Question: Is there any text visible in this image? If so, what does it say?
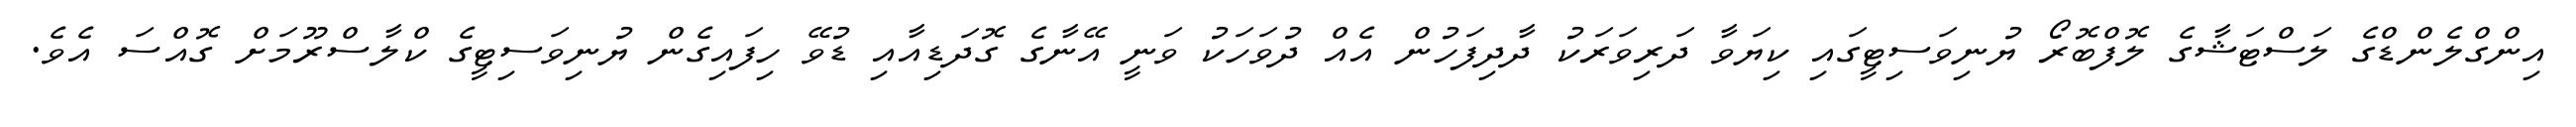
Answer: އިންގްލެންޑްގެ ލަސްޓަޝާގެ ލޮފްބޮރޯ ޔުނިވަސިޓީގައި ކިޔަވާ ދަރިވަރަކު ދާދިފަހުން އެއް ދުވަހަކު ވަނީ އޭނާގެ ގޮދަޑިއާއި ޑުވޭ ހިފައިގެން ޔުނިވަސިޓީގެ ކްލާސްރޫމަށް ގޮއްސަ އެވެ.